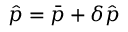
\hat { p } = \bar { p } + \delta \hat { p }